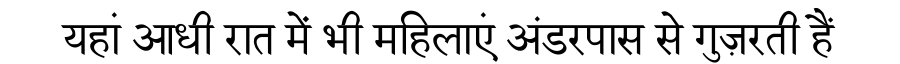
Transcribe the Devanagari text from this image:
यहां आधी रात में भी महिलाएं अंडरपास से गुज़रती हैं